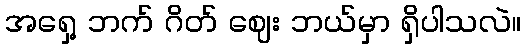
အရှေ့ ဘက် ဂိတ် ဈေး ဘယ်မှာ ရှိပါသလဲ။